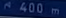
400m